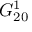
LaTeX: G _ { 2 0 } ^ { 1 }